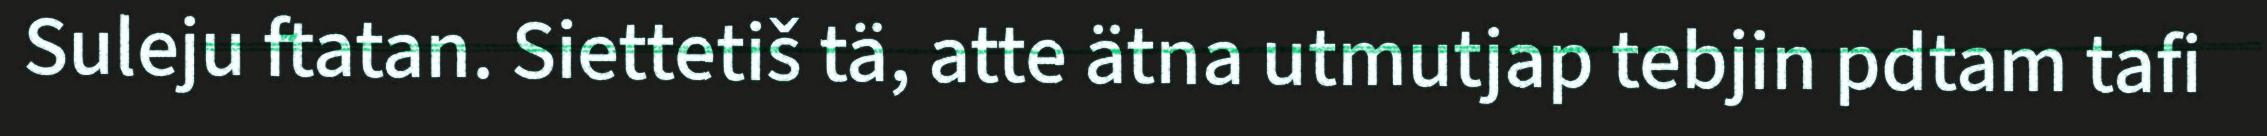
Suleju ftatan. Siettetiš tä, atte ätna utmutjap tebjin pdtam tafi